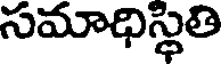
సమాధిస్థితి